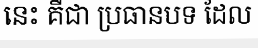
នេះ គឺជា ប្រធានបទ ដែល